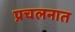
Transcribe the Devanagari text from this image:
प्रचलनात